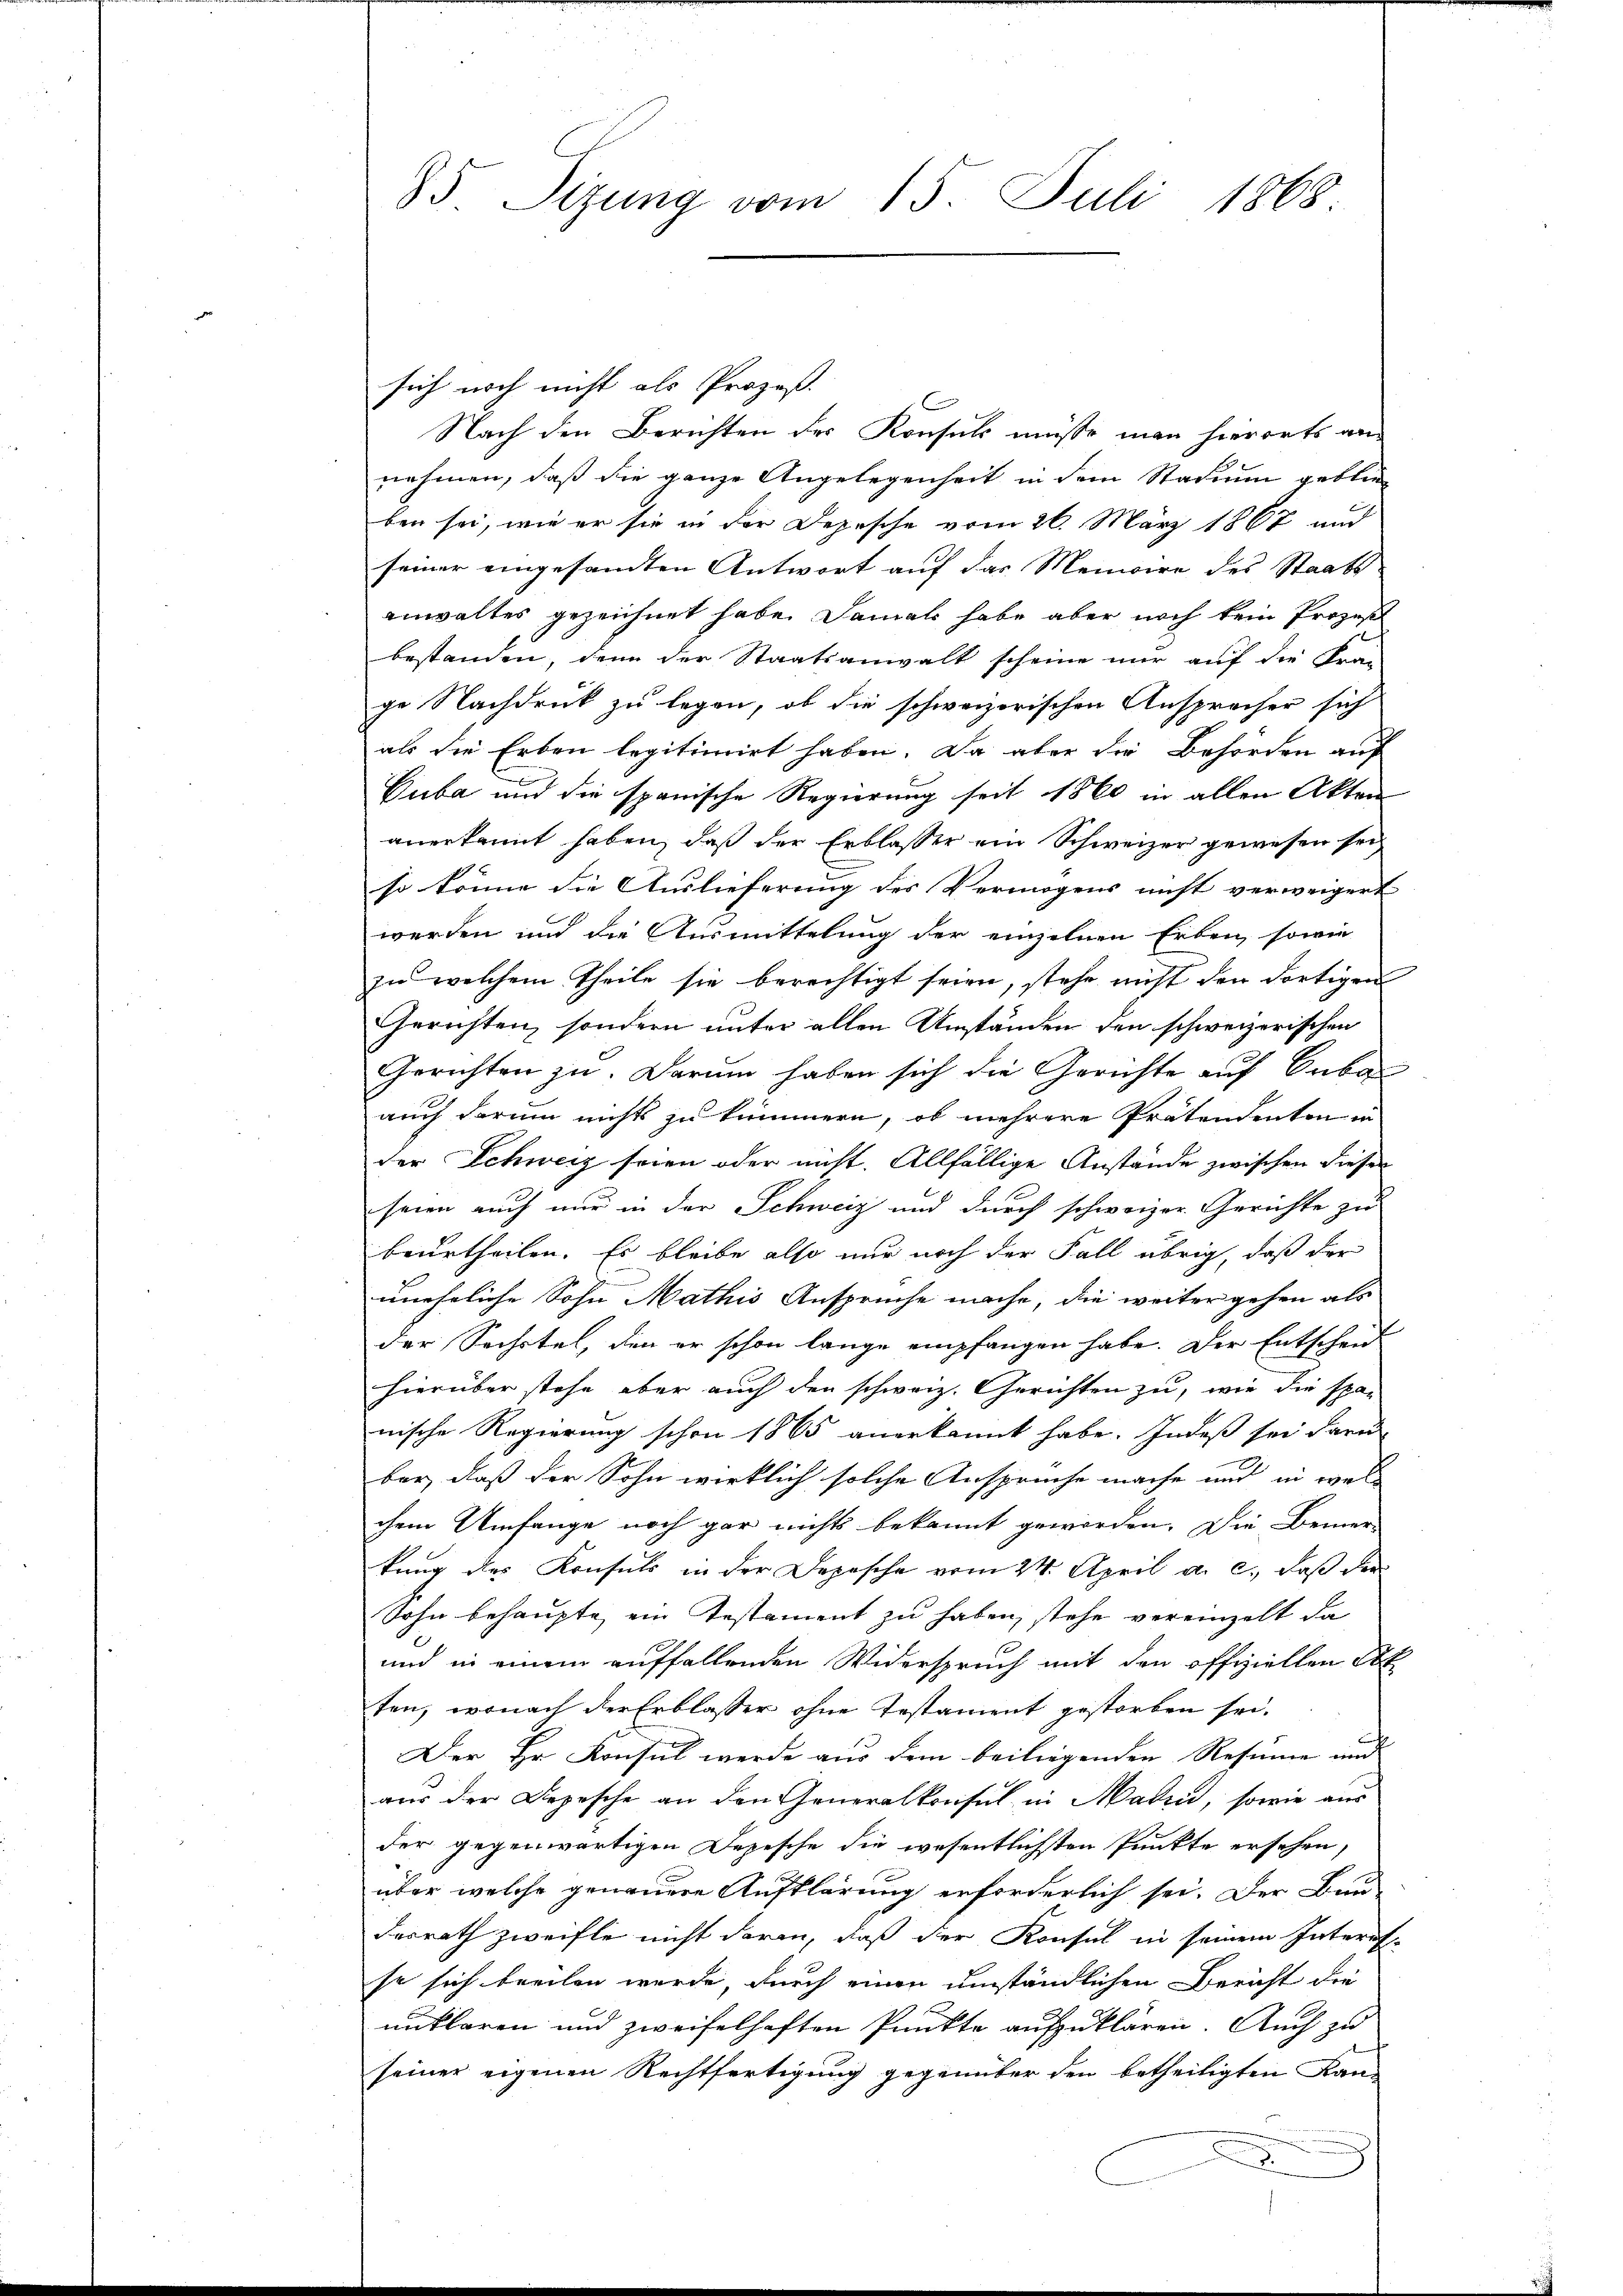
85 Sizung vom 15. Juli 1868.

sich noch nicht als Prozeß.
Nach den Berichten der Konsuls müsse man hierorts an
nehmen, daß die ganze Angelegenheit in dem Stadium geblie
ben sei, wie er sie in der Depesche vom 26. März 1867 und
seiner eingesandten Antwort auf das Memoire des Staats-
anwaltes gezeichnet habe. Damals habe aber noch kein Prozeß
bestanden, denn der Staatsanwalt scheine nur auf die Fra-
ge Nachdruck zu legen, ob die schweizerischen Ansprecher sich
als die Erben legitimirt haben. Da aber die Behörden auf
Cuba und die spanische Regierung seit 1860 in allen Akten
anerkannt haben, daß der Erblasser ein Schweizer gewesen sei,
so könne die Auslieferung des Vermögens nicht verweigert
werden und die Ausmittelung der einzelnen Erben, sowie
zu welchem Theile sie berechtigt seien, stehe nicht den dortigen
Gerichten, sondern unter allen Umständen den schweizerischen
Gerichten zu. Darum haben sich die Gerichte auf Suba
auch darum nichts zu kümmern, ob mehrere Prätendenten in
der Schweiz seien oder nicht. Allfällige Anstände zwischen dieser
seien auch nur in der Schweiz und durch schweizer Gerichte zu
beurtheilen. Es bleibe also nur noch der Fall übrig, daß der
uneheliche Sohn Mathis Ansprüche mache, die weiter gehen als
der Sechstel, den er schon lange empfangen habe. Der Entschen
hierüber stehe aber auch den schweiz. Gerichten zu, wie die spar
nische Regierung schon 1865 anerkannt habe. Indeß sei daru
ber, daß der Sohn wirklich solche Anspruche mache und in wel
chem Umfange noch gar nichts bekannt geworden. Die Bemer-
kung des Konsuls in der Depesche vom 24. April a. c., daß der
Sohn behaupte, ein Testament zu haben, stehe vereinzelt da
und in einem auffallenden Widerspruch mit den offiziellen Abt
ten, wonach der Erblasser ohne Testament gestorben sei.
Der Hr. Konsul werde aus dem beiliegenden Resume und
aus der Depesche an den Generalkonsul in Madin, sowie aus
der gegenwärtigen Depesche die wesentlichsten Punkte ersehen,
über welche genauere Aufklärung erforderlich sei. Der Bau-
desrath zweifle nicht daran, daß der Konsul in seinem Interes-
se sich beeilen wurde, durch einen umständlichen Bericht die
unklaren und zweifelhaften Punkte aufzuklären. Auch zu
seiner eigenen Rechtfertigung gegenüber den betheiligten Kan-